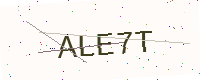
Text: ALE7T